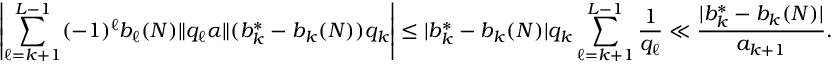
\left| \sum _ { \ell = k + 1 } ^ { L - 1 } ( - 1 ) ^ { \ell } b _ { \ell } ( N ) \| q _ { \ell } \alpha \| ( b _ { k } ^ { * } - b _ { k } ( N ) ) q _ { k } \right| \le | b _ { k } ^ { * } - b _ { k } ( N ) | q _ { k } \sum _ { \ell = k + 1 } ^ { L - 1 } \frac { 1 } { q _ { \ell } } \ll \frac { | b _ { k } ^ { * } - b _ { k } ( N ) | } { a _ { k + 1 } } .